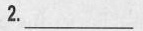
2.__